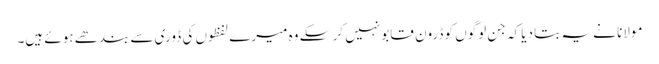
مولانا نے یہ بتا دیا کہ جن لوگوں کو ڈرون قابو نہیں کر سکے وہ میرے لفظوں کی ڈوری سے بندھے ہوئے ہیں۔